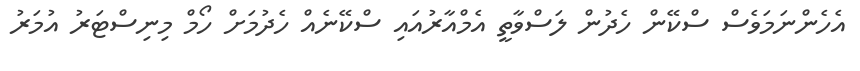
އެހެންނަމަވެސް ސްކޭން ހެދުން ލަސްވާތީ އެމްއާރުއައި ސްކޭނެއް ހެދުމަށް ހޯމް މިނިސްޓަރު އުމަރު